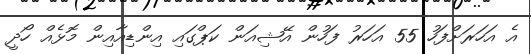
އެ އަހަރަށްފަހު 55 އަހަރު ފަހުން އޭޝިއަން ކަޕްގައި އިންޑިއާއިން މޮޅެއް ހޯދީ